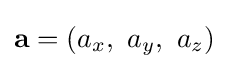
\mathbf {a} =\left(a_{x},\ a_{y},\ a_{z}\right)